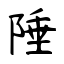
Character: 陲